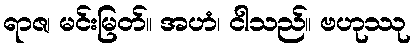
ရာဇ၊ မင်းမြတ်။ အဟံ၊ ငါသည်။ ဗဟုဿု